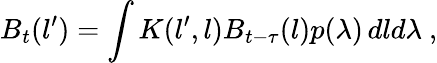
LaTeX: B_{t}(l^{\prime})=\int K(l^{\prime},l)B_{t-\tau}(l)p(\lambda)\, dld\lambda\ ,